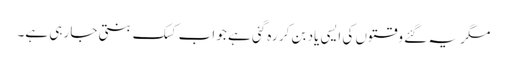
مگر یہ گئے وقتوں کی ایسی یاد بن کر رہ گئی ہے جو اب کسک بنتی جا رہی ہے۔